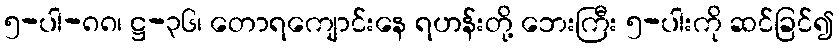
၅-ပါ-၈၈၊ ဋ္ဌ-၃၆၊ တောရကျောင်းနေ ရဟန်းတို့ ဘေးကြီး ၅-ပါးကို ဆင်ခြင်၍